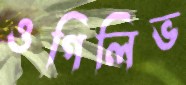
ওগিলিভ